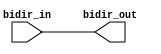
module bidirectional_buffer(
    input wire bidir_in,
    output wire bidir_out
);

assign bidir_out = bidir_in;

endmodule